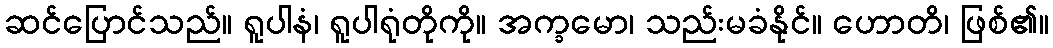
ဆင်ပြောင်သည်။ ရူပါနံ၊ ရူပါရုံတိုကို။ အက္ခမော၊ သည်းမခံနိုင်။ ဟောတိ၊ ဖြစ်၏။